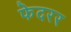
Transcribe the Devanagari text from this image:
फेदरर